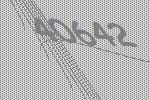
40642